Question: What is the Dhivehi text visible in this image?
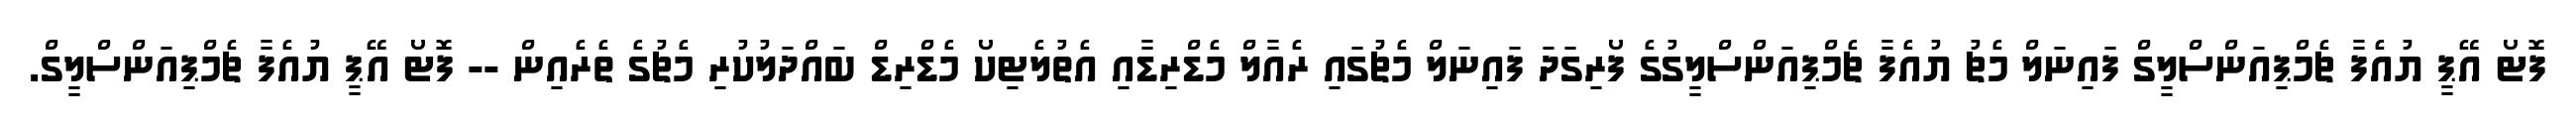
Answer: ފޮޓޯ އޭޕީ ޔުއެފާ ޗެމްޕިއަންސްލީގް ފައިނަލް މެޗު ޔުއެފާ ޗެމްޕިއަންސްލީގުގެ ފޯރިގަދަ ފައިނަލް މެޗުގައި ރެއާލް މެޑްރިޑާއި އެތުލެޓިކޯ މެޑްރިޑް ބައްދަލުކުރި މެޗުގެ ތެރެއިން -- ފޮޓޯ އޭޕީ ޔުއެފާ ޗެމްޕިއަންސްލީގް.